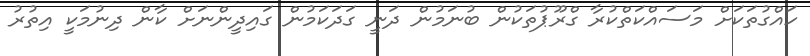
ހައްގުތަކަށް މަސައްކަތްކުރާ ގްރޫޕުތަކުން ބުނަމުން ދަނީ ގަދަކަމުން ގައިދީންނަށް ކާން ދިނުމަކީ އިތުރު